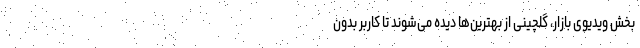
بخش ویدیوی بازار، گلچینی از بهترین‌ها دیده می‌شوند تا کاربر بدون